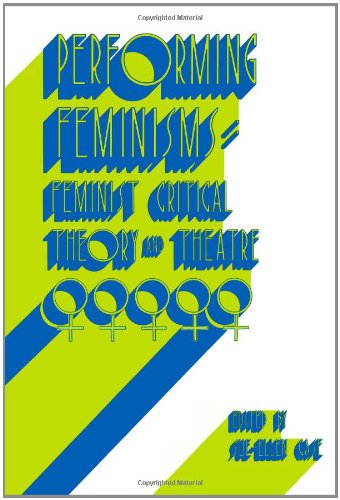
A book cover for Performing Feminisms: Feminist Critical Theory and Theatre; Literature & Fiction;